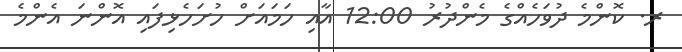
ރ. ކޮންމެ ދުވަހެއްގެ މެންދުރު 12:00 އާއި ހަމައަށް ހުށަހެޅިފައި އޮންނަ އެންމެ